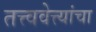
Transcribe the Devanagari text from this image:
तत्त्ववेत्त्यांचा